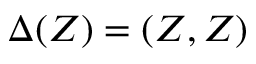
\Delta ( Z ) = ( Z , Z )